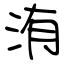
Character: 洧